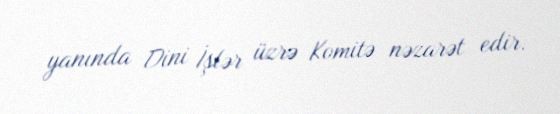
yanında Dini İşlər üzrə Komitə nəzarət edir.